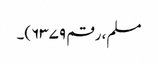
مسلم، رقم ۶۳۷۹)۔